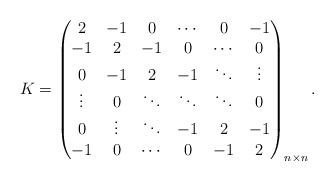
LaTeX: \begin{align*}K=\begin{pmatrix} 2 & -1 & 0 & \cdots &0 & -1\\ -1 & 2 & -1 & 0&\cdots & 0\\ 0& -1 & 2 & -1 & \ddots & \vdots\\ \vdots &0 & \ddots & \ddots & \ddots & 0\\ 0 &\vdots& \ddots & -1& 2& -1\\ -1 & 0 & \cdots & 0 & -1 & 2\\ \end{pmatrix} _{n \times n}. \end{align*}